Bombay plague: being a history of the progress of plague in the Bombay presidency from September 1896 to June 1899
Year: 1896
Disease focus: Plague
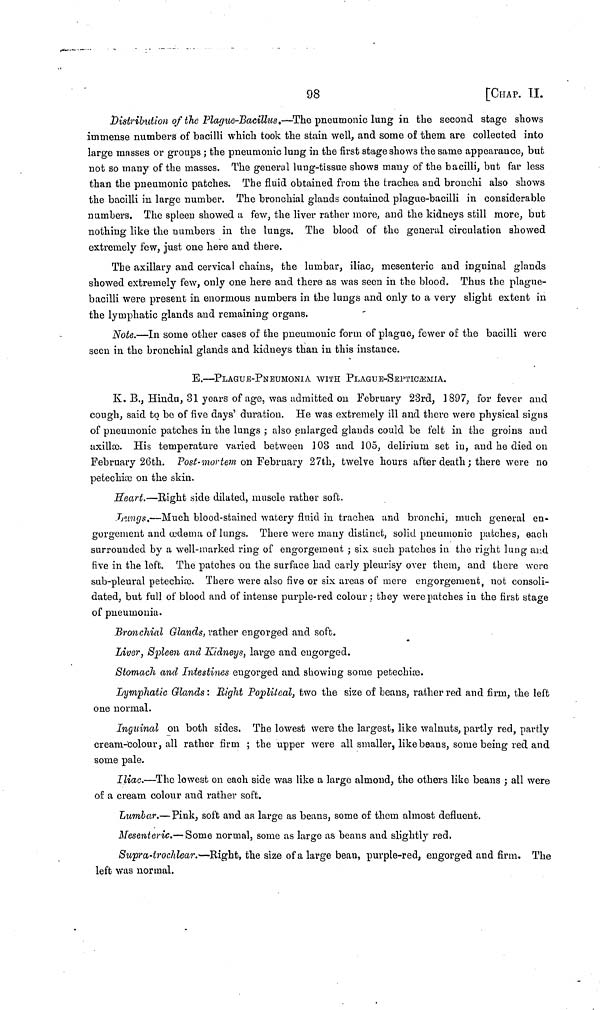
98
[CHAP. II.
Distribution of the Plague-Bacillus.—The pneumonic lung in the second stage shows
immense numbers of bacilli which took the stain well, and some of them are collected into
large masses or groups ; the pneumonic lung in the first stage shows the same appearance, but
not so many of the masses. The general lung-tissue shows many of the bacilli, but far less
than the pneumonic patches. The fluid obtained from the trachea and bronchi also shows
the bacilli in large number. The bronchial glands contained plague-bacilli in considerable
numbers. The spleen showed u few, the liver rather more, and the kidneys still more, but
nothing like the numbers in the lungs. The blood of the general circulation showed
extremely few, just one here and there.
The axillary and cervical chains, the lumbar, iliac, mesenteric and inguinal glands
showed extremely few, only one here and there as was seen in the blood. Thus the plague-
bacilli were present in enormous numbers in the lungs and only to a very slight extent in
the lymphatic glands and remaining organs.
Note.—In some other cases of the pneumonic form of plague, fewer of the bacilli were
seen in the bronchial glands and kidneys than in this instance.
E.—PLAGUE-PNEUMONIA WITH PLAGUE-SEPTICAEMIA.
K. B., Hindu, 31 years of age, was admitted on February 23rd, 1897, for fever and
cough, said to be of five days' duration. He was extremely ill and there were physical signs
of pneumonic patches in the lungs ; also enlarged glands could be felt in the groins and
axillæ. His temperature varied between 103 and 105, delirium set in, and he died on
February 26th. Post-mortem on February 27th, twelve hours after death ; there were no
petechiæ on the skin.
Heart.—Bight side dilated, muscle rather soft.
Lungs.—Much blood-stained watery fluid in trachea und bronchi, much general en-
gorgement and œdema of lungs. There were many distinct, solid pneumonic patches, each
surrounded by a well-marked ring of engorgement ; six such patches in the right lung and
five in the loft. The patches on the surface had early pleurisy over them, and there were
sub-pleural petechioo. There were also five or six areas of mere engorgement, not consoli-
dated, but full of blood and of intense purple-red colour ; they were patches in the first stage
of pneumonia.
Bronchial Glands, rather engorged and soft.
Liver, Spleen and Kidneys, large and engorged.
Stomach and Intestines engorged and showing some petechiœ.
Lymphatic Glands : Right Popliteal, two the size of beans, rather red and firm, the left
one normal.
Inguinal on both sides. The lowest were the largest, like walnuts, partly red, partly
cream-colour, all rather firm ; the upper were all smaller, like beans, some being red and
some pale.
Iliac.—The lowest on each side was like a largo almond, the others like beans ; all were
of a cream colour and rather soft.
Lumbar.—Pink, soft and as large as beans, some of them almost defluent.
Mesenteric.— Some normal, some as large as beans and slightly red.
Supra-trochlear.—Right, the size of a large bean, purple-red, engorged and firm. The
left was normal.